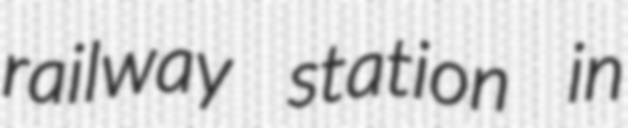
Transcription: railway station in